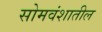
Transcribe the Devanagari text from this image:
सोमवंशातील